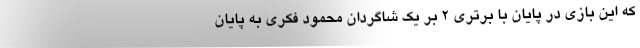
که این بازی در پایان با برتری ۲ بر یک شاگردان محمود فکری به پایان